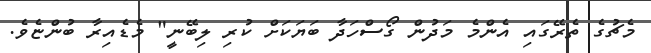
މެޗުގެ ތެރޭގައި އެންމެ މަދުން ގޯސްހަދާ ބަޔަކަށް ކުރި ލިބޭނީ" މެޑެއިރާ ބުންޏެވެ.